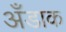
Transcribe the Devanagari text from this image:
अँडाक